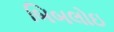
બિબલોઇ